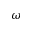
\omega